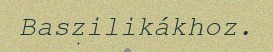
Baszilikákhoz.